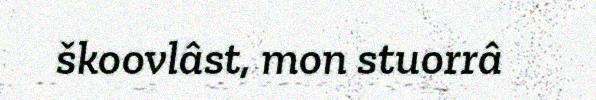
škoovlâst, mon stuorrâ